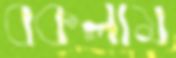
বকলাম